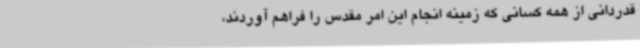
قدردانی از همه کسانی که زمینه انجام این امر مقدس را فراهم آوردند،